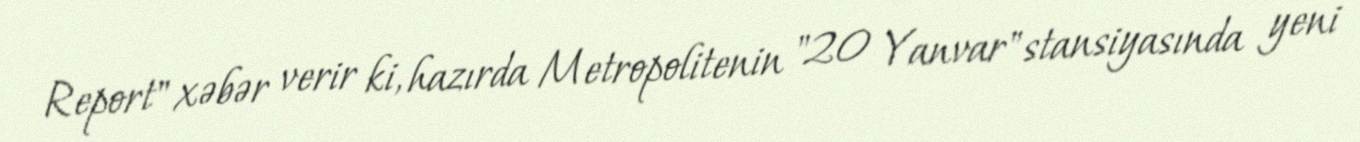
Report" xəbər verir ki, hazırda Metropolitenin "20 Yanvar" stansiyasında yeni